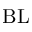
\mathrm { B L }